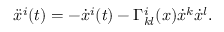
\ddot { x } ^ { i } ( t ) = - \dot { x } ^ { i } ( t ) - \Gamma _ { k l } ^ { i } ( x ) \dot { x } ^ { k } \dot { x } ^ { l } .